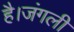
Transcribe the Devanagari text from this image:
है।जंगली